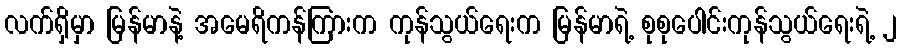
လက်ရှိမှာ မြန်မာနဲ့ အမေရိကန်ကြားက ကုန်သွယ်ရေးက မြန်မာရဲ့ စုစုပေါင်းကုန်သွယ်ရေးရဲ့ ၂